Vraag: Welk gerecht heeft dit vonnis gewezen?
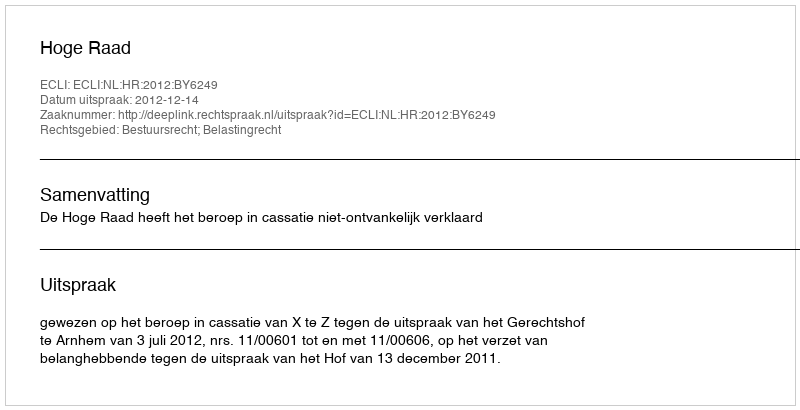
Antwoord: Hoge Raad